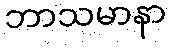
ဘာသမာနာ